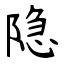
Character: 隐